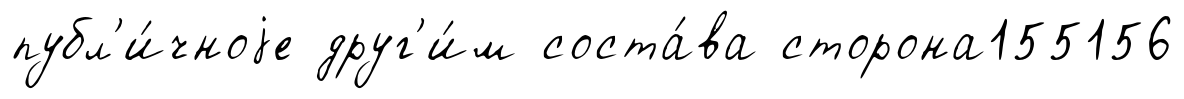
публ'и́чноjе друг'и́м соста́ва сторона155156